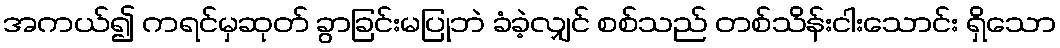
အကယ်၍ ကရင်မှဆုတ် ခွာခြင်းမပြုဘဲ ခံခဲ့လျှင် စစ်သည် တစ်သိန်းငါးသောင်း ရှိသော